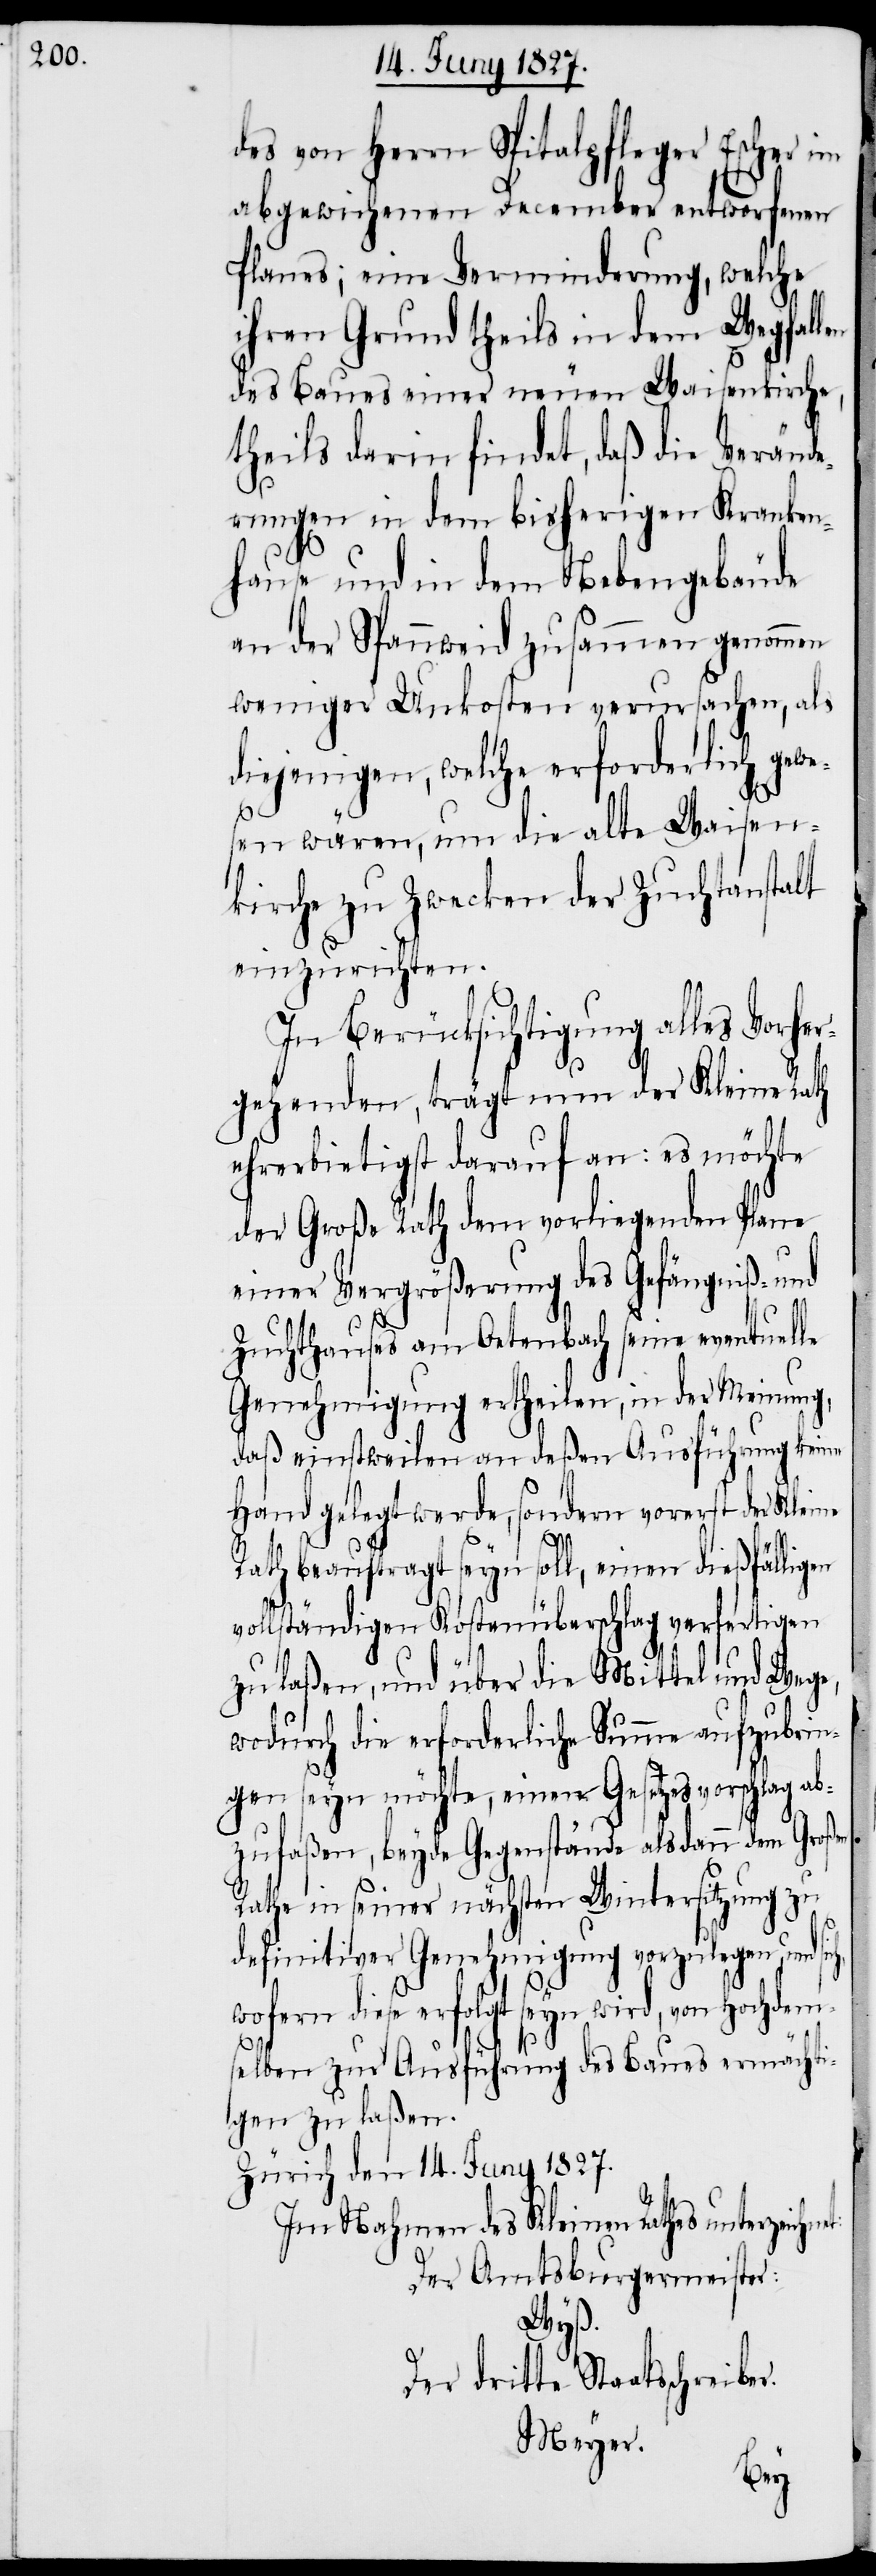
des von Herrn Spitalpfleger Escher im
abgewichenen December entworfenen
Planes; eine Verminderung, welche
ihren Grund theils in dem Wegfallen
des Baues einer neuen Waisenkirche,
theils darin findet, daß die Veränd¬
erungen in dem bisherigen Kranken¬
hause und in dem Nebengebäude
an der Spannweid zusammen genommen
weniger Unkosten verursachen, als
diejenigen, welche erforderlich gewe¬
r.
sen wären, um die alte Waisen¬
kirche zu Zwecken der Zuchtanstalt
einzurichten.
In Berücksichtigung alles Vorher¬
gehenden, trägt nun der Kleine Rath
ehrerbietigst darauf an: es möchte
der Große Rath dem vorliegenden Plane
einer Vergrößerung des Gefängniß- und
Zuchthauses am Oetenbach seine eventuelle
Genehmigung ertheilen, in der Meinung,
daß einstweilen an deßen Ausführung keine
Hand gelegt werde, sondern vorerst der Kleine
Rath beauftragt seyn soll, einen dießfälligen
vollständigen Kostenüberschlag verfertigen
zu laßen, und über die Mittel und Wege,
wodurch die erforderliche Summe aufzubrin¬
gen seyn möchte, einen Gesetzesvorschlag ab¬
et:
zufassen, beyde Gegenstände alsdann dem Großen
Rathe in seiner nächsten Wintersitzung zu
definitiver Genehmigung vorzulegen, und sic¬
wofern diese erfolgt seyn wird, von Hochdem¬
selben zur Ausführung des Baues ermächti¬
gen zu laßen.
Zürich, den 14. Juny 1827.
Im Nahmen des Kleinen Rathes unterzeichn¬
Der Amtsburgermeister:
Wyß.
Der dritte Staatsschreibe¬
Meyer.